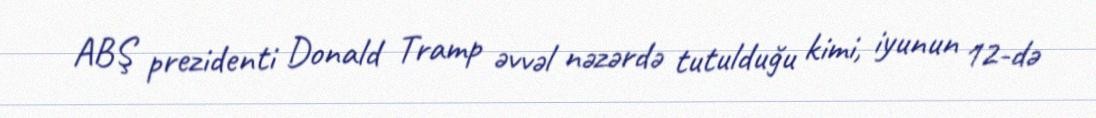
ABŞ prezidenti Donald Tramp əvvəl nəzərdə tutulduğu kimi, iyunun 12-də